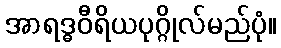
အာရဒ္ဓဝီရိယပုဂ္ဂိုလ်မည်ပုံ။